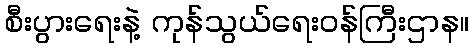
စီးပွားရေးနဲ့ ကုန်သွယ်ရေးဝန်ကြီးဌာန။